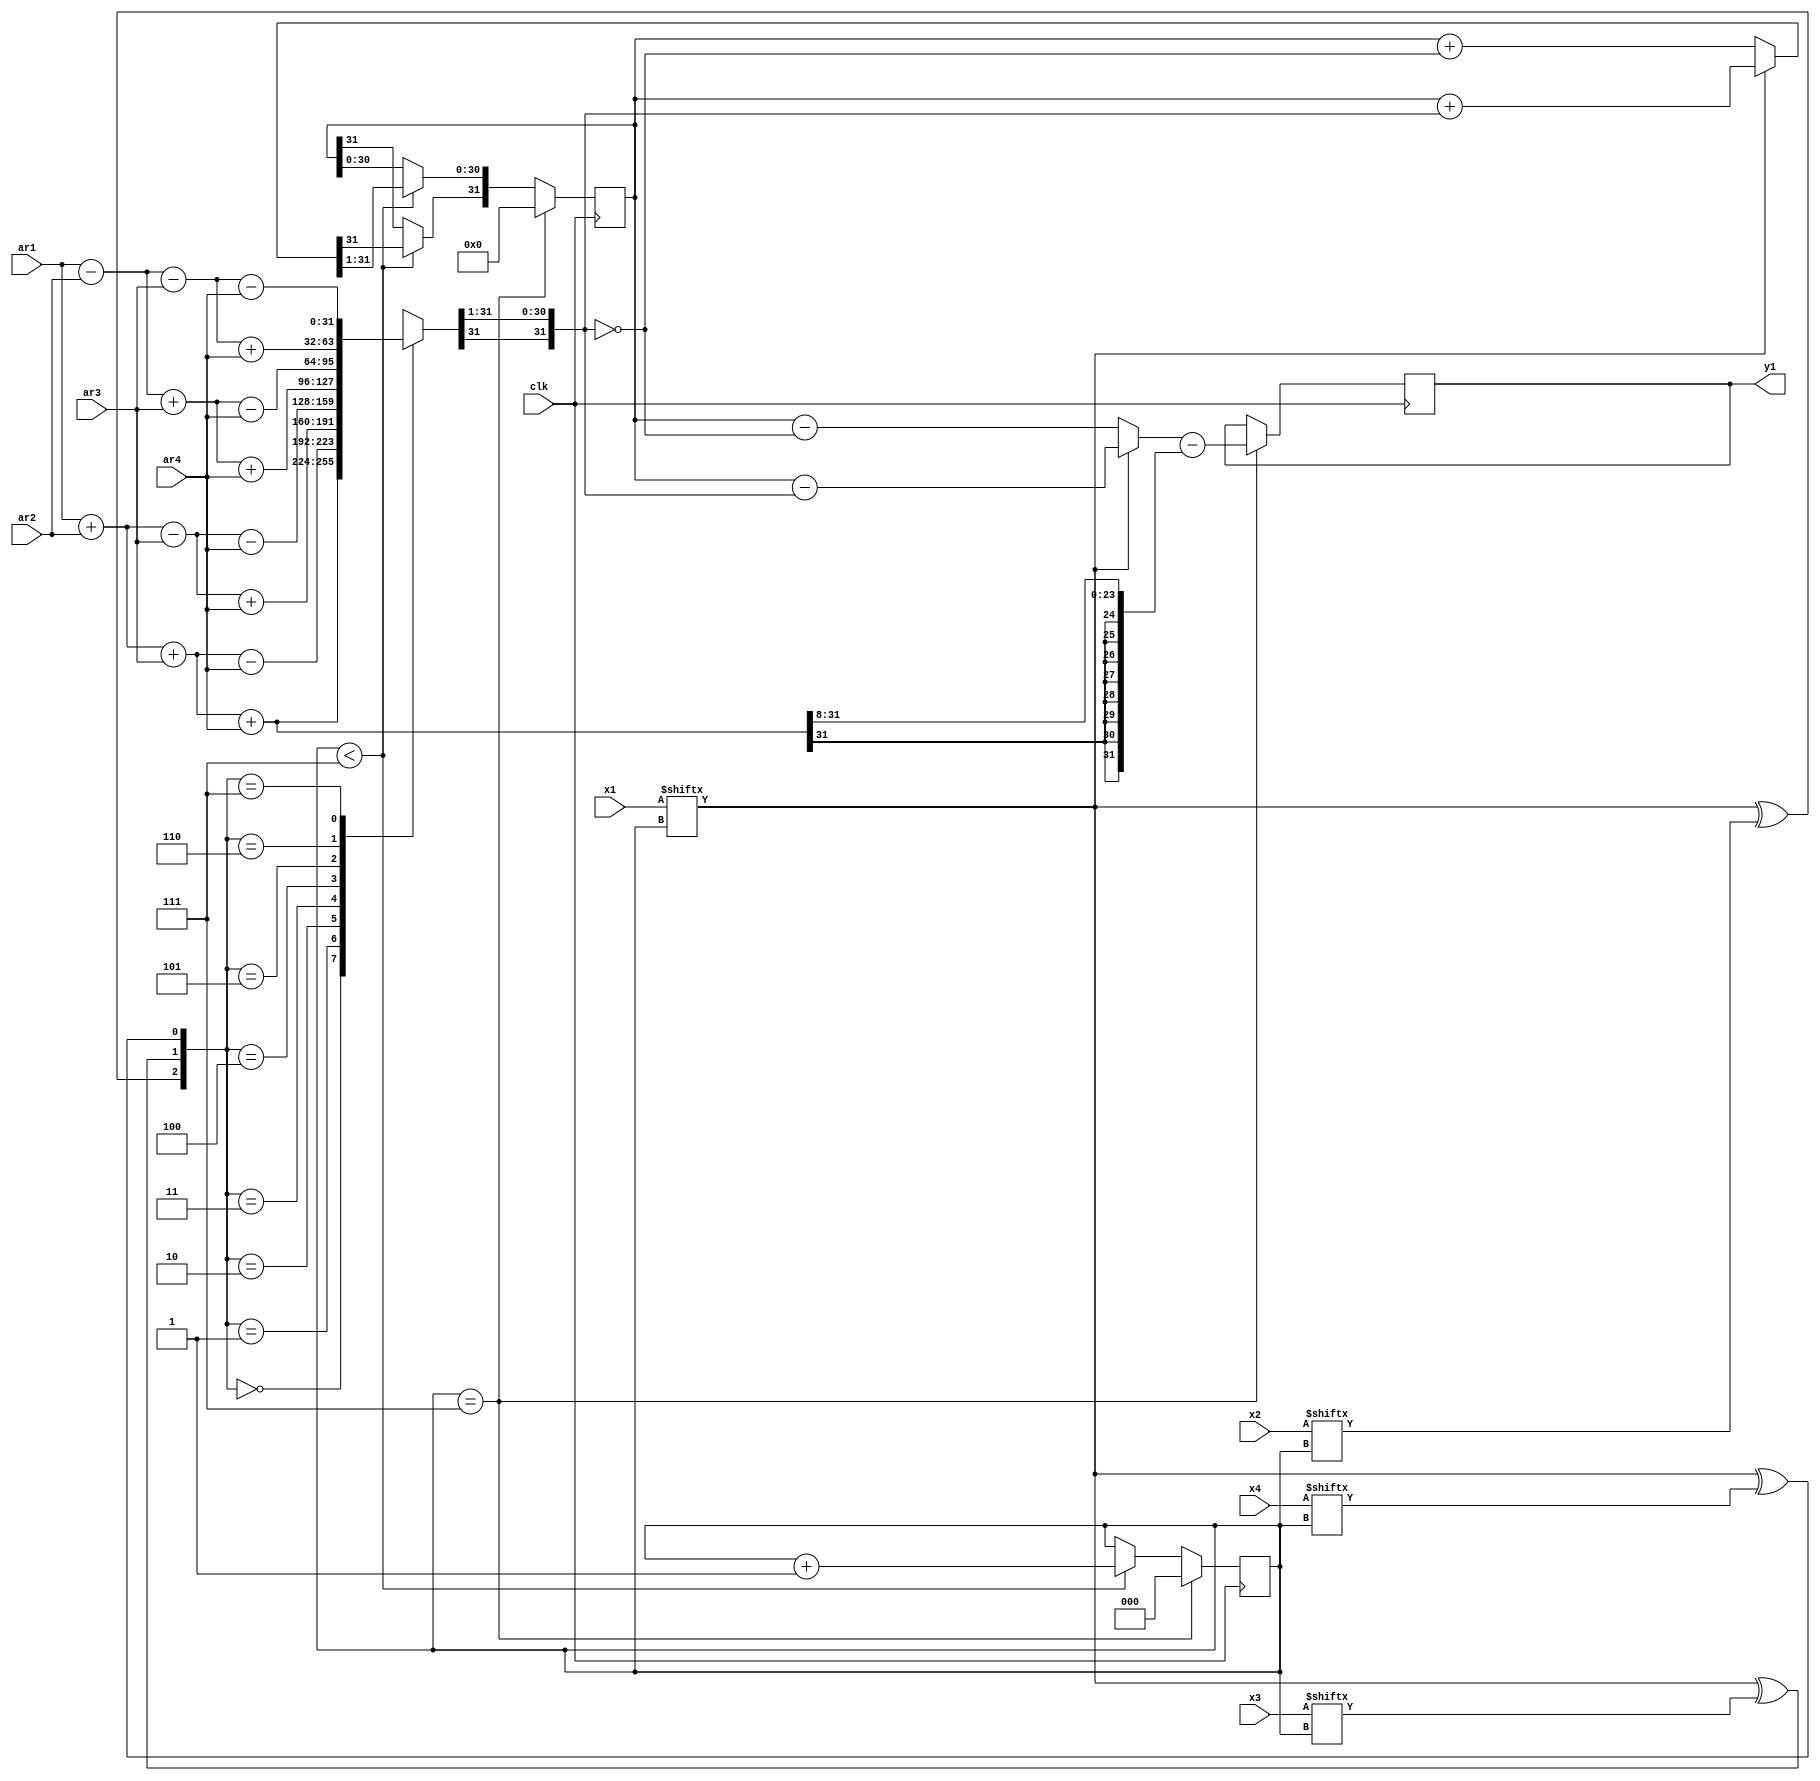
`timescale 1ns / 1ps
//////////////////////////////////////////////////////////////////////////////////
// Company: 
// Engineer: 
// 
// Design Name: 
// Module Name: obc
// Project Name: 
// Target Devices: 
// Tool Versions: 
// Description: 
// 
// Dependencies: 
// 
// Revision:
// Revision 0.01 - File Created
// Additional Comments:
// 
//////////////////////////////////////////////////////////////////////////////////


module obc(clk,x1,x2,x3,x4,ar1,ar2,ar3,ar4,y1);
input clk;
input [7:0]x1,x2,x3,x4;
input [31:0]ar1,ar2,ar3,ar4;
output reg [31:0]y1;
reg [31:0]lout1;
reg [31:0]ACC_shift,ACC,m,off1;
reg w;
reg [2:0]i;
initial
begin 
   ACC=0;ACC_shift=0;i=0;
end 
always@(posedge clk)
    begin  
        case({x1[i]^x2[i],x1[i]^x3[i],x1[i]^x4[i]})
           0:lout1=ar1+ar2+ar3+ar4;
           1:lout1=ar1+ar2+ar3-ar4;                    
           2:lout1=ar1+ar2-ar3+ar4;       
           3:lout1=ar1+ar2-ar3-ar4;
           4:lout1=ar1-ar2+ar3+ar4;       
           5:lout1=ar1-ar2+ar3-ar4;
           6:lout1=ar1-ar2-ar3+ar4;
           7:lout1=ar1-ar2-ar3-ar4;      
       endcase
       off1=ar1+ar2+ar3+ar4;
       w=off1[31];
       off1=(off1>>8);
       off1[31:24]={8{w}};
       if(i==7)
        begin
          w=lout1[31];
          lout1=lout1>>1;
          lout1[31]=w;
          ACC=(x1[i]==1)?(ACC_shift)-lout1:(ACC_shift)-(~lout1);
          y1=ACC-off1;
          i=0;ACC=0;ACC_shift=0;
          end
        else if(i<7)
        begin
         w=lout1[31];
         lout1=lout1>>1;
         lout1[31]=w;
         ACC=(x1[i]==1)?(ACC_shift)+lout1:((ACC_shift)+(~lout1));
         w=ACC[31];
         ACC_shift=(ACC>>1);
         ACC_shift[31]=w;
         i=i+1;
         end
       end
endmodule